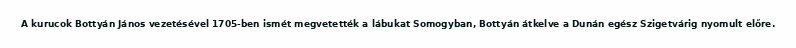
A kurucok Bottyán János vezetésével 1705-ben ismét megvetették a lábukat Somogyban, Bottyán átkelve a Dunán egész Szigetvárig nyomult előre.